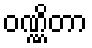
ဝဏ္ဏိတာ